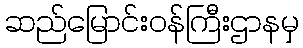
ဆည်မြောင်းဝန်ကြီးဌာနမှ